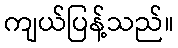
ကျယ်ပြန့်သည်။